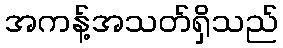
အကန့်အသတ်ရှိသည်